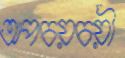
অপচয়চয়ী